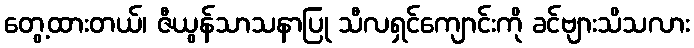
တွေ့ထားတယ်၊ ဇီယွန်သာသနာပြု သီလရှင်ကျောင်းကို ခင်ဗျားသိသလား